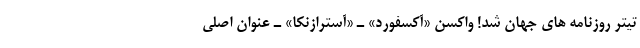
تیتر روزنامه های جهان شد! واکسن «آکسفورد» ـ «آسترازنکا» ـ عنوان اصلی